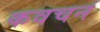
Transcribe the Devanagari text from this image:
कवचन